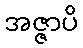
အဇ္ဇာပိ